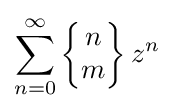
\sum _{n=0}^{\infty }\left\{{\begin{matrix}n\\m\end{matrix}}\right\}z^{n}